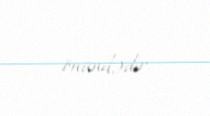
önündədir.